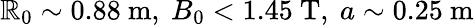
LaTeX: \mathbb{R}_{0}\sim0.88~\mathrm{{m}},~B_{0}<1.45~\mathrm{{T}},~a\sim0.25~\mathrm{{m}}